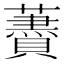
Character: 𧂰